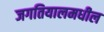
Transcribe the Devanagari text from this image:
जगतियालमधील